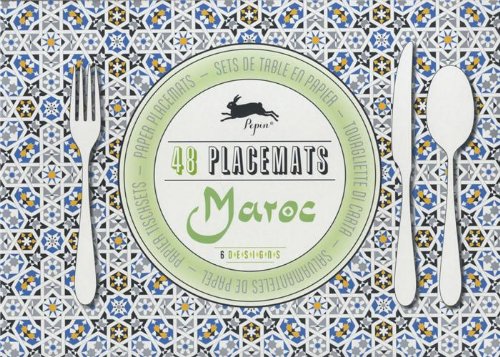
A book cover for Maroc : Placemat Pad Vol 06; Pepin van Roojen; Cookbooks, Food & Wine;